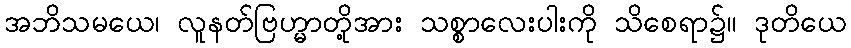
အဘိသမယေ၊ လူနတ်ဗြဟ္မာတို့အား သစ္စာလေးပါးကို သိစေရာ၌။ ဒုတိယေ